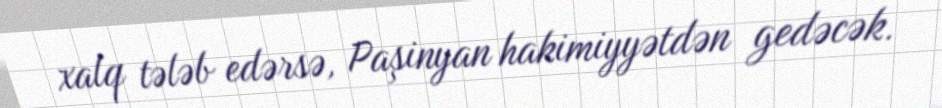
xalq tələb edərsə, Paşinyan hakimiyyətdən gedəcək.